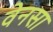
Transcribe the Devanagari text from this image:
वेनसा